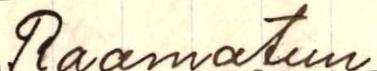
Raamatun